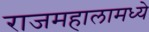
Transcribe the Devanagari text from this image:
राजमहालामध्ये